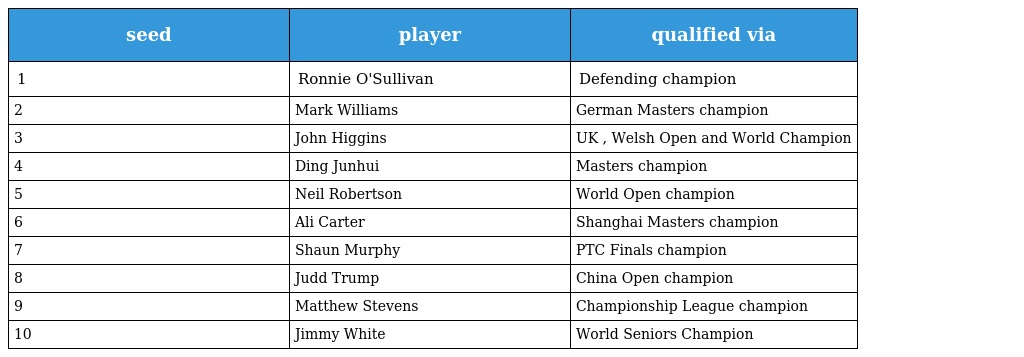
| seed | player | qualified via |
 | --- | --- | --- |
 | 1 | Ronnie O'Sullivan | Defending champion |
 | 2 | Mark Williams | German Masters champion |
 | 3 | John Higgins | UK , Welsh Open and World Champion |
 | 4 | Ding Junhui | Masters champion |
 | 5 | Neil Robertson | World Open champion |
 | 6 | Ali Carter | Shanghai Masters champion |
 | 7 | Shaun Murphy | PTC Finals champion |
 | 8 | Judd Trump | China Open champion |
 | 9 | Matthew Stevens | Championship League champion |
 | 10 | Jimmy White | World Seniors Champion |